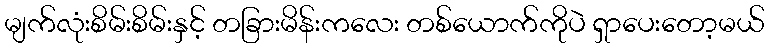
မျက်လုံးစိမ်းစိမ်းနှင့် တခြားမိန်းကလေး တစ်ယောက်ကိုပဲ ရှာပေးတော့မယ်